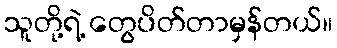
သူတို့ရဲ့ တွေပိတ်တာမှန်တယ်။